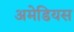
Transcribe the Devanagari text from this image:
अमेडियस